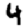
Digit: 4